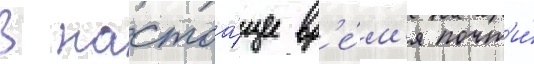
В настоа́щее вр'е́м'я почт'и́